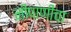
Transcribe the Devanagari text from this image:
नीपाणीचा